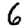
Digit: 6